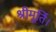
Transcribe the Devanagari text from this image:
श्रीमूर्ति।